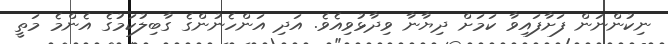
ނިކުންނަން ފަށާފައިވާ ކަމަށް ދިޔާނާާ ވިދާޅުވިއެވެ. އަދި އަންހެނުންގެ ގާބިލުކަމުގެ އެންމެ މަތީ